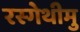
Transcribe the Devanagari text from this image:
रस्गेथीमु